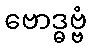
ဗောဒ္ဓဗ္ဗံ